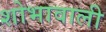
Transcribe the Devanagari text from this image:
शोभावाली